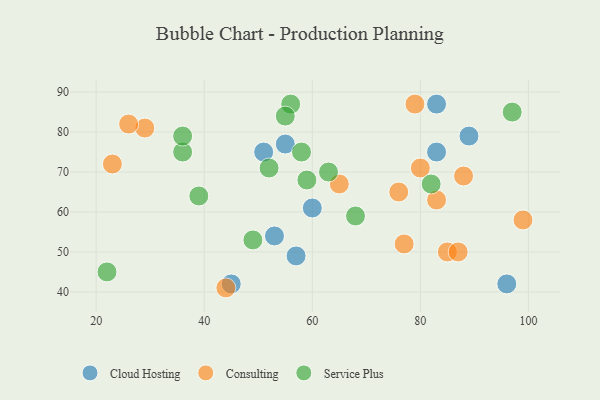
{"axis": {"x": "GDP", "y": "Life Expectancy"}, "legend": ["Cloud Hosting", "Consulting", "Service Plus"], "data": [{"x": "55", "y": 77, "type": "Cloud Hosting"}, {"x": "53", "y": 54, "type": "Cloud Hosting"}, {"x": "89", "y": 79, "type": "Cloud Hosting"}, {"x": "83", "y": 87, "type": "Cloud Hosting"}, {"x": "45", "y": 42, "type": "Cloud Hosting"}, {"x": "60", "y": 61, "type": "Cloud Hosting"}, {"x": "96", "y": 42, "type": "Cloud Hosting"}, {"x": "83", "y": 75, "type": "Cloud Hosting"}, {"x": "57", "y": 49, "type": "Cloud Hosting"}, {"x": "51", "y": 75, "type": "Cloud Hosting"}, {"x": "65", "y": 67, "type": "Consulting"}, {"x": "88", "y": 69, "type": "Consulting"}, {"x": "23", "y": 72, "type": "Consulting"}, {"x": "77", "y": 52, "type": "Consulting"}, {"x": "99", "y": 58, "type": "Consulting"}, {"x": "29", "y": 81, "type": "Consulting"}, {"x": "83", "y": 63, "type": "Consulting"}, {"x": "26", "y": 82, "type": "Consulting"}, {"x": "44", "y": 41, "type": "Consulting"}, {"x": "79", "y": 87, "type": "Consulting"}, {"x": "80", "y": 71, "type": "Consulting"}, {"x": "76", "y": 65, "type": "Consulting"}, {"x": "85", "y": 50, "type": "Consulting"}, {"x": "87", "y": 50, "type": "Consulting"}, {"x": "36", "y": 75, "type": "Service Plus"}, {"x": "39", "y": 64, "type": "Service Plus"}, {"x": "59", "y": 68, "type": "Service Plus"}, {"x": "22", "y": 45, "type": "Service Plus"}, {"x": "36", "y": 79, "type": "Service Plus"}, {"x": "97", "y": 85, "type": "Service Plus"}, {"x": "49", "y": 53, "type": "Service Plus"}, {"x": "56", "y": 87, "type": "Service Plus"}, {"x": "82", "y": 67, "type": "Service Plus"}, {"x": "55", "y": 84, "type": "Service Plus"}, {"x": "58", "y": 75, "type": "Service Plus"}, {"x": "52", "y": 71, "type": "Service Plus"}, {"x": "63", "y": 70, "type": "Service Plus"}, {"x": "68", "y": 59, "type": "Service Plus"}]}